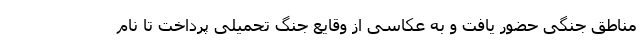
مناطق جنگی حضور یافت و به عکاسی از وقایع جنگ تحمیلی پرداخت تا نام